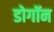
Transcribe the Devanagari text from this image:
डोगॉन